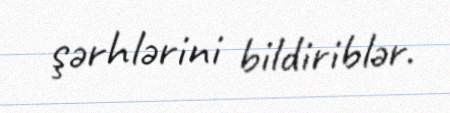
şərhlərini bildiriblər.